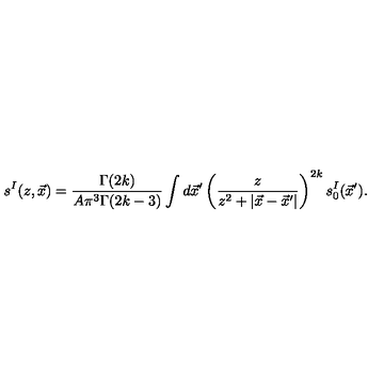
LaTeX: s ^ { I } ( z , \vec { x } ) = \frac { \Gamma ( 2 k ) } { A \pi ^ { 3 } \Gamma ( 2 k - 3 ) } \int d \vec { x } ^ { \prime } \left( \frac { z } { z ^ { 2 } + | \vec { x } - \vec { x } ^ { \prime } | } \right) ^ { 2 k } s _ { 0 } ^ { I } ( \vec { x } ^ { \prime } ) .